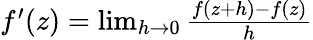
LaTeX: \begin{array}{r}{f^{\prime}(z)=\operatorname*{lim}_{h\rightarrow 0}\frac{f(z+h)-f(z)}{h}}\end{array}